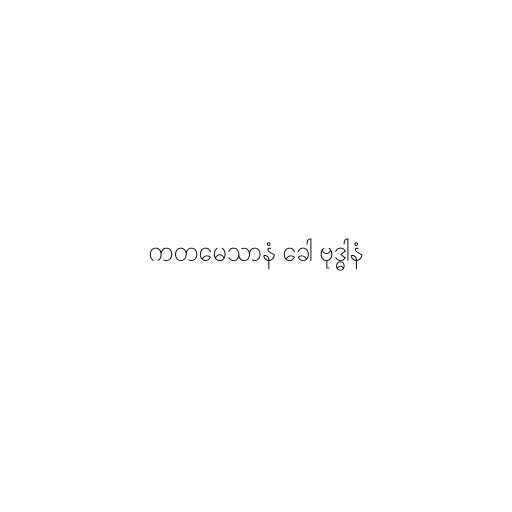
ကတမေသာနံ ခေါ ဗုဒ္ဓါနံ